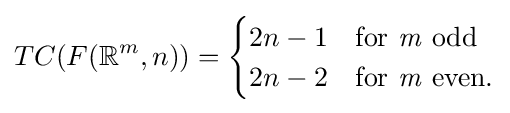
TC(F(\mathbb {R} ^{m},n))={\begin{cases}2n-1&\mathrm {for\,\,{\it {m}}\,\,odd} \\2n-2&\mathrm {for\,\,{\it {m}}\,\,even.} \end{cases}}